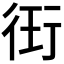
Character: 𭹊